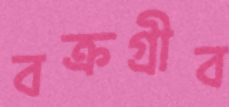
বক্রগ্রীব